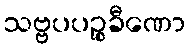
သဗ္ဗပပဉ္စခီဏော